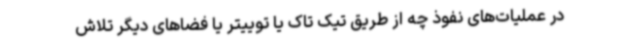
در عملیات‌های نفوذ چه از طریق تیک تاک یا توییتر یا فضاهای دیگر تلاش